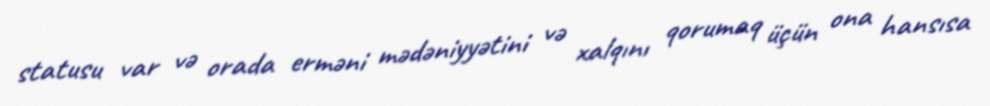
statusu var və orada erməni mədəniyyətini və xalqını qorumaq üçün ona hansısa